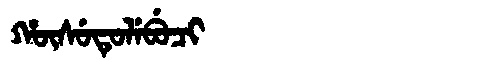
Manchu: ᡥᡡᠰᡠᡨᡠᠯᡝᠪᡠᠴᡳ
Romanization: HŪSUTULEBUCI